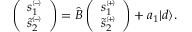
\begin{array} { r l } & { \left( \begin{array} { c } { s _ { 1 } ^ { \scriptscriptstyle ( \! - \! ) } } \\ { \tilde { s } _ { 2 } ^ { \scriptscriptstyle ( \! - \! ) } } \end{array} \right) = \widehat { B } \left( \begin{array} { c } { s _ { 1 } ^ { \scriptscriptstyle ( \! + \! ) } } \\ { \tilde { s } _ { 2 } ^ { \scriptscriptstyle ( \! + \! ) } } \end{array} \right) + a _ { 1 } | d \rangle . } \end{array}